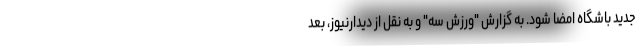
جدید باشگاه امضا شود. به گزارش "ورزش سه" و به نقل از دیدارنیوز، بعد